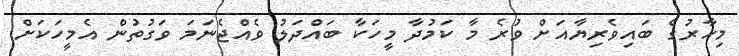
މިހާރުގެ ބައިވެރިޔާއަށް ވުރެ މާ ކަމުދާ މީހަކާ ބައްދަލު ވެއްޖެނަމަ ވަގުތުން އެމީހަކަށް